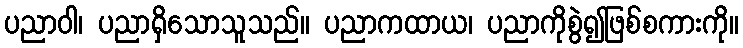
ပညာဝါ၊ ပညာရှိသောသူသည်။ ပညာကထာယ၊ ပညာကိုစွဲ၍ဖြစ်စကားကို။